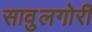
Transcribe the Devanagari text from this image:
सावुलगोरी